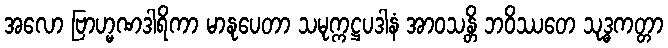
အလော ဗြာဟ္မဏဒါရိကာ မာနုပေတာ သမုက္ကဋ္ဌပဒါနံ အာဝသန္တိ ဘဝိဿတေ သုဒ္ဓကတ္တာ